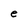
Character: e